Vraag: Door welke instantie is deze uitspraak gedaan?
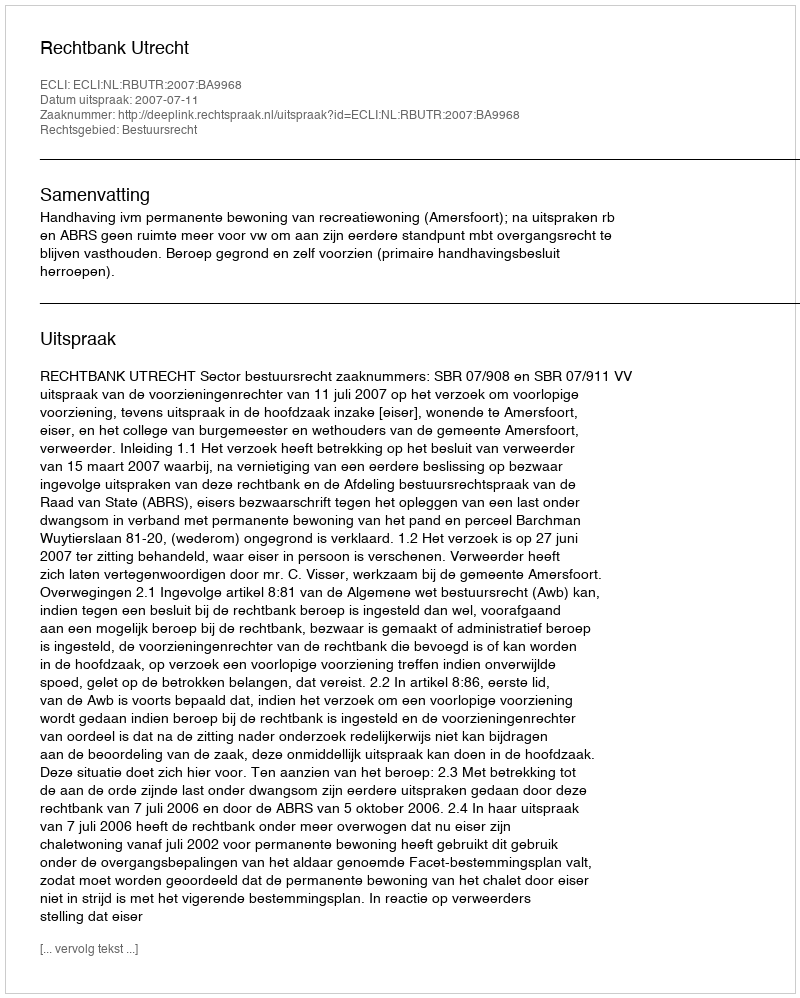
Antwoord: Rechtbank Utrecht